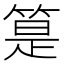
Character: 䈕